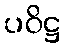
ပဝိဋ္ဌ